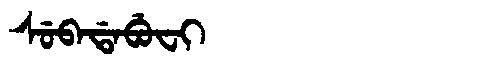
Manchu: ᠰᡠᠪᠠᡩᠠᠪᡠᠸᡳ
Romanization: SUBADABUFI